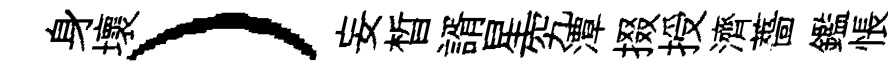
身壞）妄晳諝星究潭掇授濟薔鑑悵